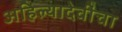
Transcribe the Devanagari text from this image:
अहिल्यादेवींचा